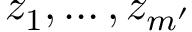
z _ { 1 } , \dots , z _ { m ^ { \prime } }